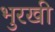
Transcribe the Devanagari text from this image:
भुरखी